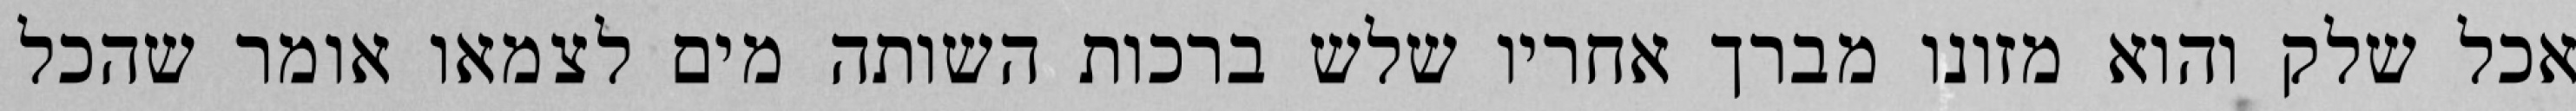
אכל שלק והוא מזונו מברך אחריו שלש ברכות השותה מים לצמאו אומר שהכל